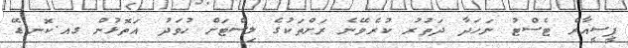
ޕީސީއާރް ޓެސްޓު ނަހަދާ ދަތުރު ކުރެވޭނެ ރަށްތަކުގެ ލިސްޓަށް ހުވަދު އަތޮޅުން ގއ.ކޮނޑޭ